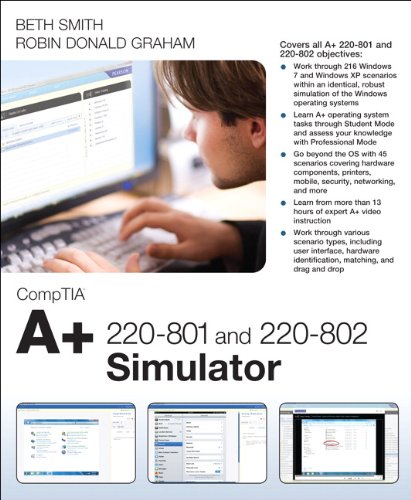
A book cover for CompTIA A+ 220-801 and 220-802 Simulator (Network Simulator); Elizabeth (Beth) Smith; Computers & Technology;